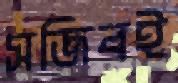
সজিবই